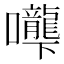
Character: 𰉌